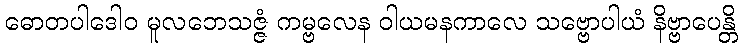
ဓောတပါဒေါဝ မူလဘေသဇ္ဇံ ကမ္ဗလေန ဝါယမနကာလေ သဗ္ဗောပါယံ နိဗ္ဗာပေန္တိ